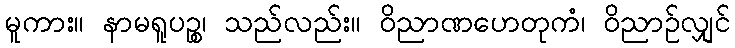
မူကား။ နာမရူပဉ္စ၊ သည်လည်း။ ဝိညာဏဟေတုကံ၊ ဝိညာဉ်လျှင်